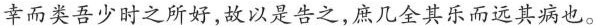
幸而类吾少时之所好，故以是告之，庶几全其乐而远其病也。